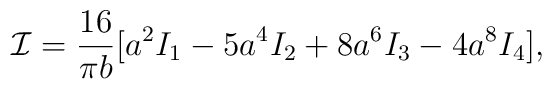
{\cal I}= \frac{16}{\pi b}[a^2 I_1-5a^4 I_2+8a^6 I_3-4a^8 I_4],